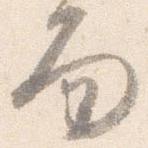
面